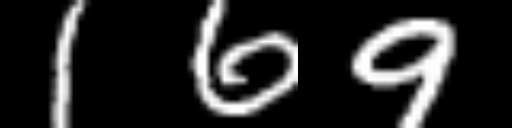
Text: 169